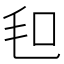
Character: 𣬣